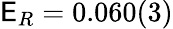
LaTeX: \mathsf{E}_{R}=0.060(3)